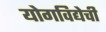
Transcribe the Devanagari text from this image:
योगविद्येची